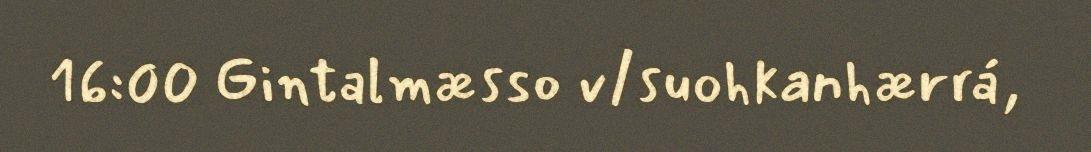
16:00 Gintalmæsso v/suohkanhærrá,